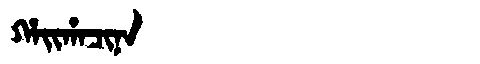
Manchu: ᡥᠠᡳᡥᠠᠴᡳᠨᠠ
Romanization: HAIHACINA